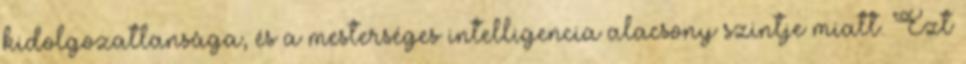
kidolgozatlansága, és a mesterséges intelligencia alacsony szintje miatt. Ezt